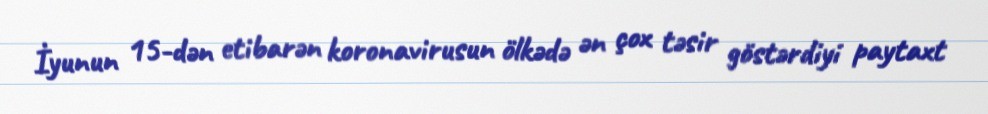
İyunun 15-dən etibarən koronavirusun ölkədə ən çox təsir göstərdiyi paytaxt